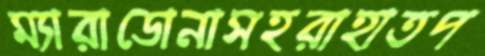
ম্যারাডোনাসহরাহাতপ